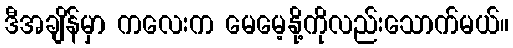
ဒီအချိန်မှာ ကလေးက မေမေ့နို့ကိုလည်းသောက်မယ်။